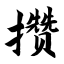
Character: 攒